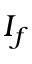
I _ { f }